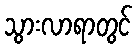
သွားလာရာတွင်